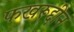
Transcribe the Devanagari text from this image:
फखरूद्दीन